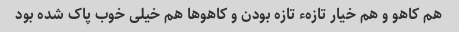
هم کاهو و هم خیار تازهء تازه بودن و کاهو‌ها هم خیلی خوب پاک شده بود